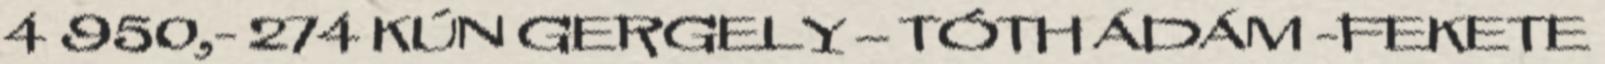
4 950,- 274 KÚN GERGELY – TÓTH ÁDÁM -FEKETE